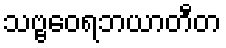
သဗ္ဗဝေရဘယာတီတ